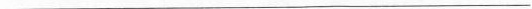
___